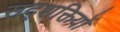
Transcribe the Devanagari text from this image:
सद्शक्तियों